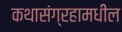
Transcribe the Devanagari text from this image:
कथासंग्रहामधील